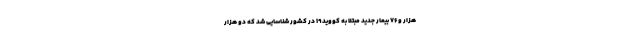
هزار و ۷۶ بیمار جدید مبتلا به کووید۱۹ در کشور شناسایی شد که دو هزار